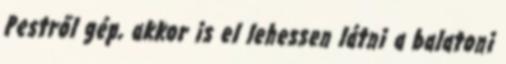
Pestről gép, akkor is el lehessen látni a balatoni